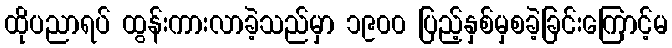
ထိုပညာရပ် ထွန်းကားလာခဲ့သည်မှာ ၁၉၀၀ ပြည့်နှစ်မှစခဲ့ခြင်းကြောင့်မ